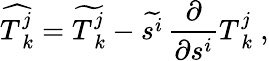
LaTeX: \widehat{T_{\ k}^{j}}=\widetilde{T_{\ k}^{j}}-\widetilde{s^{i}}\, {\frac{\partial}{\partial s^{i}}}{T_{\ k}^{j}}\ ,